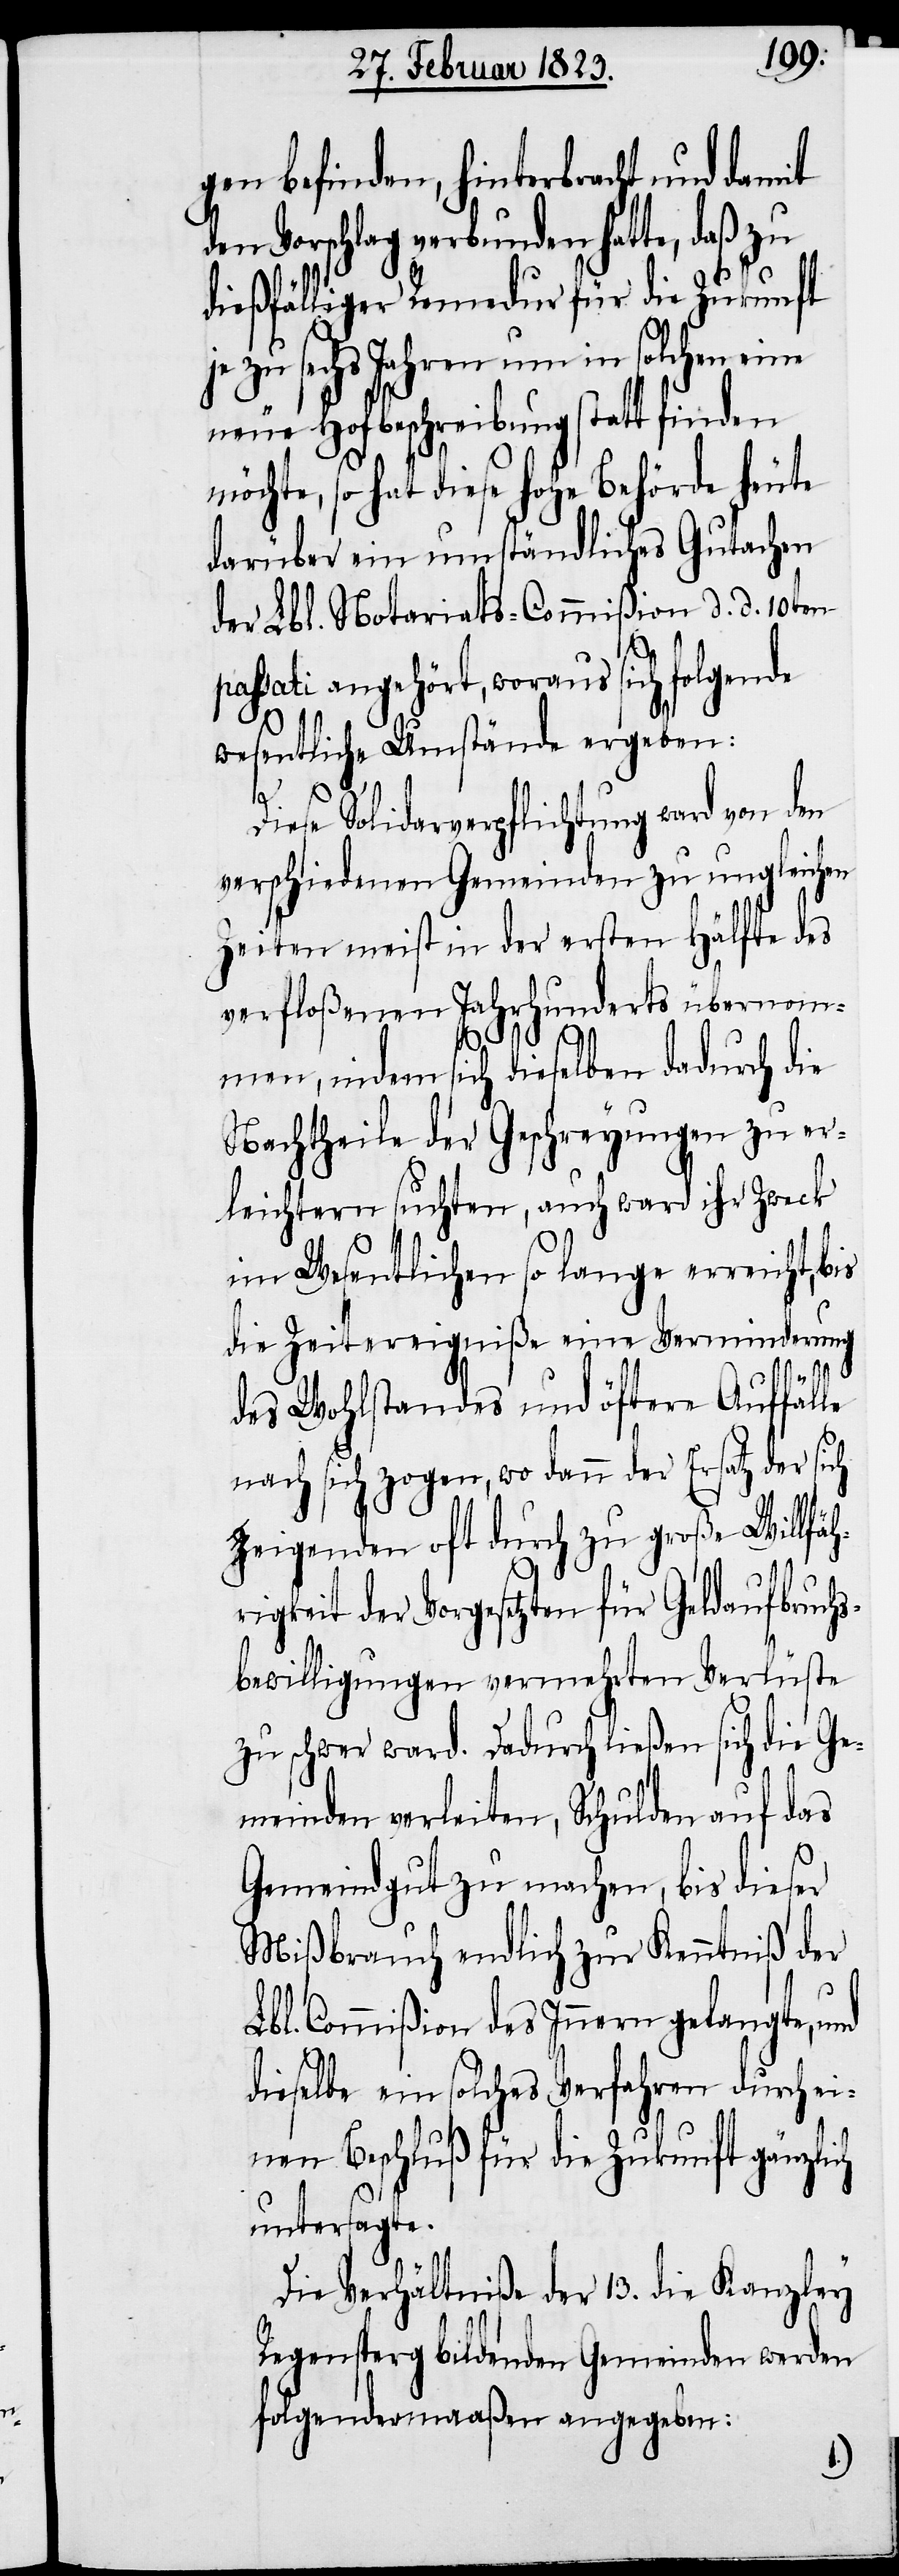
gen befinden, hinterbracht und damit
Vorschlag verbunden hatte, daß zu
dießfälliger Remedur für die Zukunft
je zu sechs Jahren um in solchen eine
neue Hofbeschreibung statt finden
möchte, so hat diese hohe Behörde heute
darüber ein umständliches Gutach[t]en
der Lbl. Notariats-Commißion d. d. 10ten
passati angehört, woraus sich folgende
wesentliche Umstände ergeben:
Diese Solidarverpflichtung ward von den
verschiedenen Gemeinden zu ungleichen
Zeiten meist in der ersten Hälfte des
verfloßenen Jahrhunderts übernom¬
men, indem sich dieselben dadurch die
Nachtheile der Geschreyungen zu er¬
leichtern suchten, auch ward ihr Zweck
im Wesentlichen so lange erreicht, bis
die Zeitereigniße eine Verminderung
des Wohlstandes und öftere Auffälle
nach sich zogen, wo dann der Ersatz der sich
zeigenden oft durch zu große Willfäh¬
rigkeit der Vorgesetzten für Geldaufbruch¬
sbewilligungen vermehrten Verlüste
zu schwer ward. Dadurch ließen sich die Ge¬
meinden verleiten, Schulden auf das
Gemeindgut zu machen, bis dieser
Mißbrauch endlich zur Kenntniß der
Lbl. Commißion des Innern gelangte, und
dieselbe ein solches Verfahren durch ei¬
nen Beschluß für die Zukunft gänzlich
untersagte.
Die Verhältniße der 13. die Kanzley
Regensperg bildenden Gemeinden werden
folgendermaaßen angegeben: